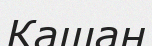
Кашан